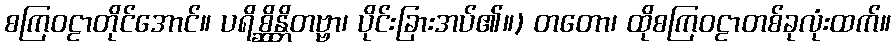
စကြဝဠာတိုင်အောင်။ ပရိစ္ဆိန္တိတဗ္ဗာ၊ ပိုင်းခြားအပ်၏။) တတော၊ ထိုစကြဝဠာတစ်ခုလုံးထက်။